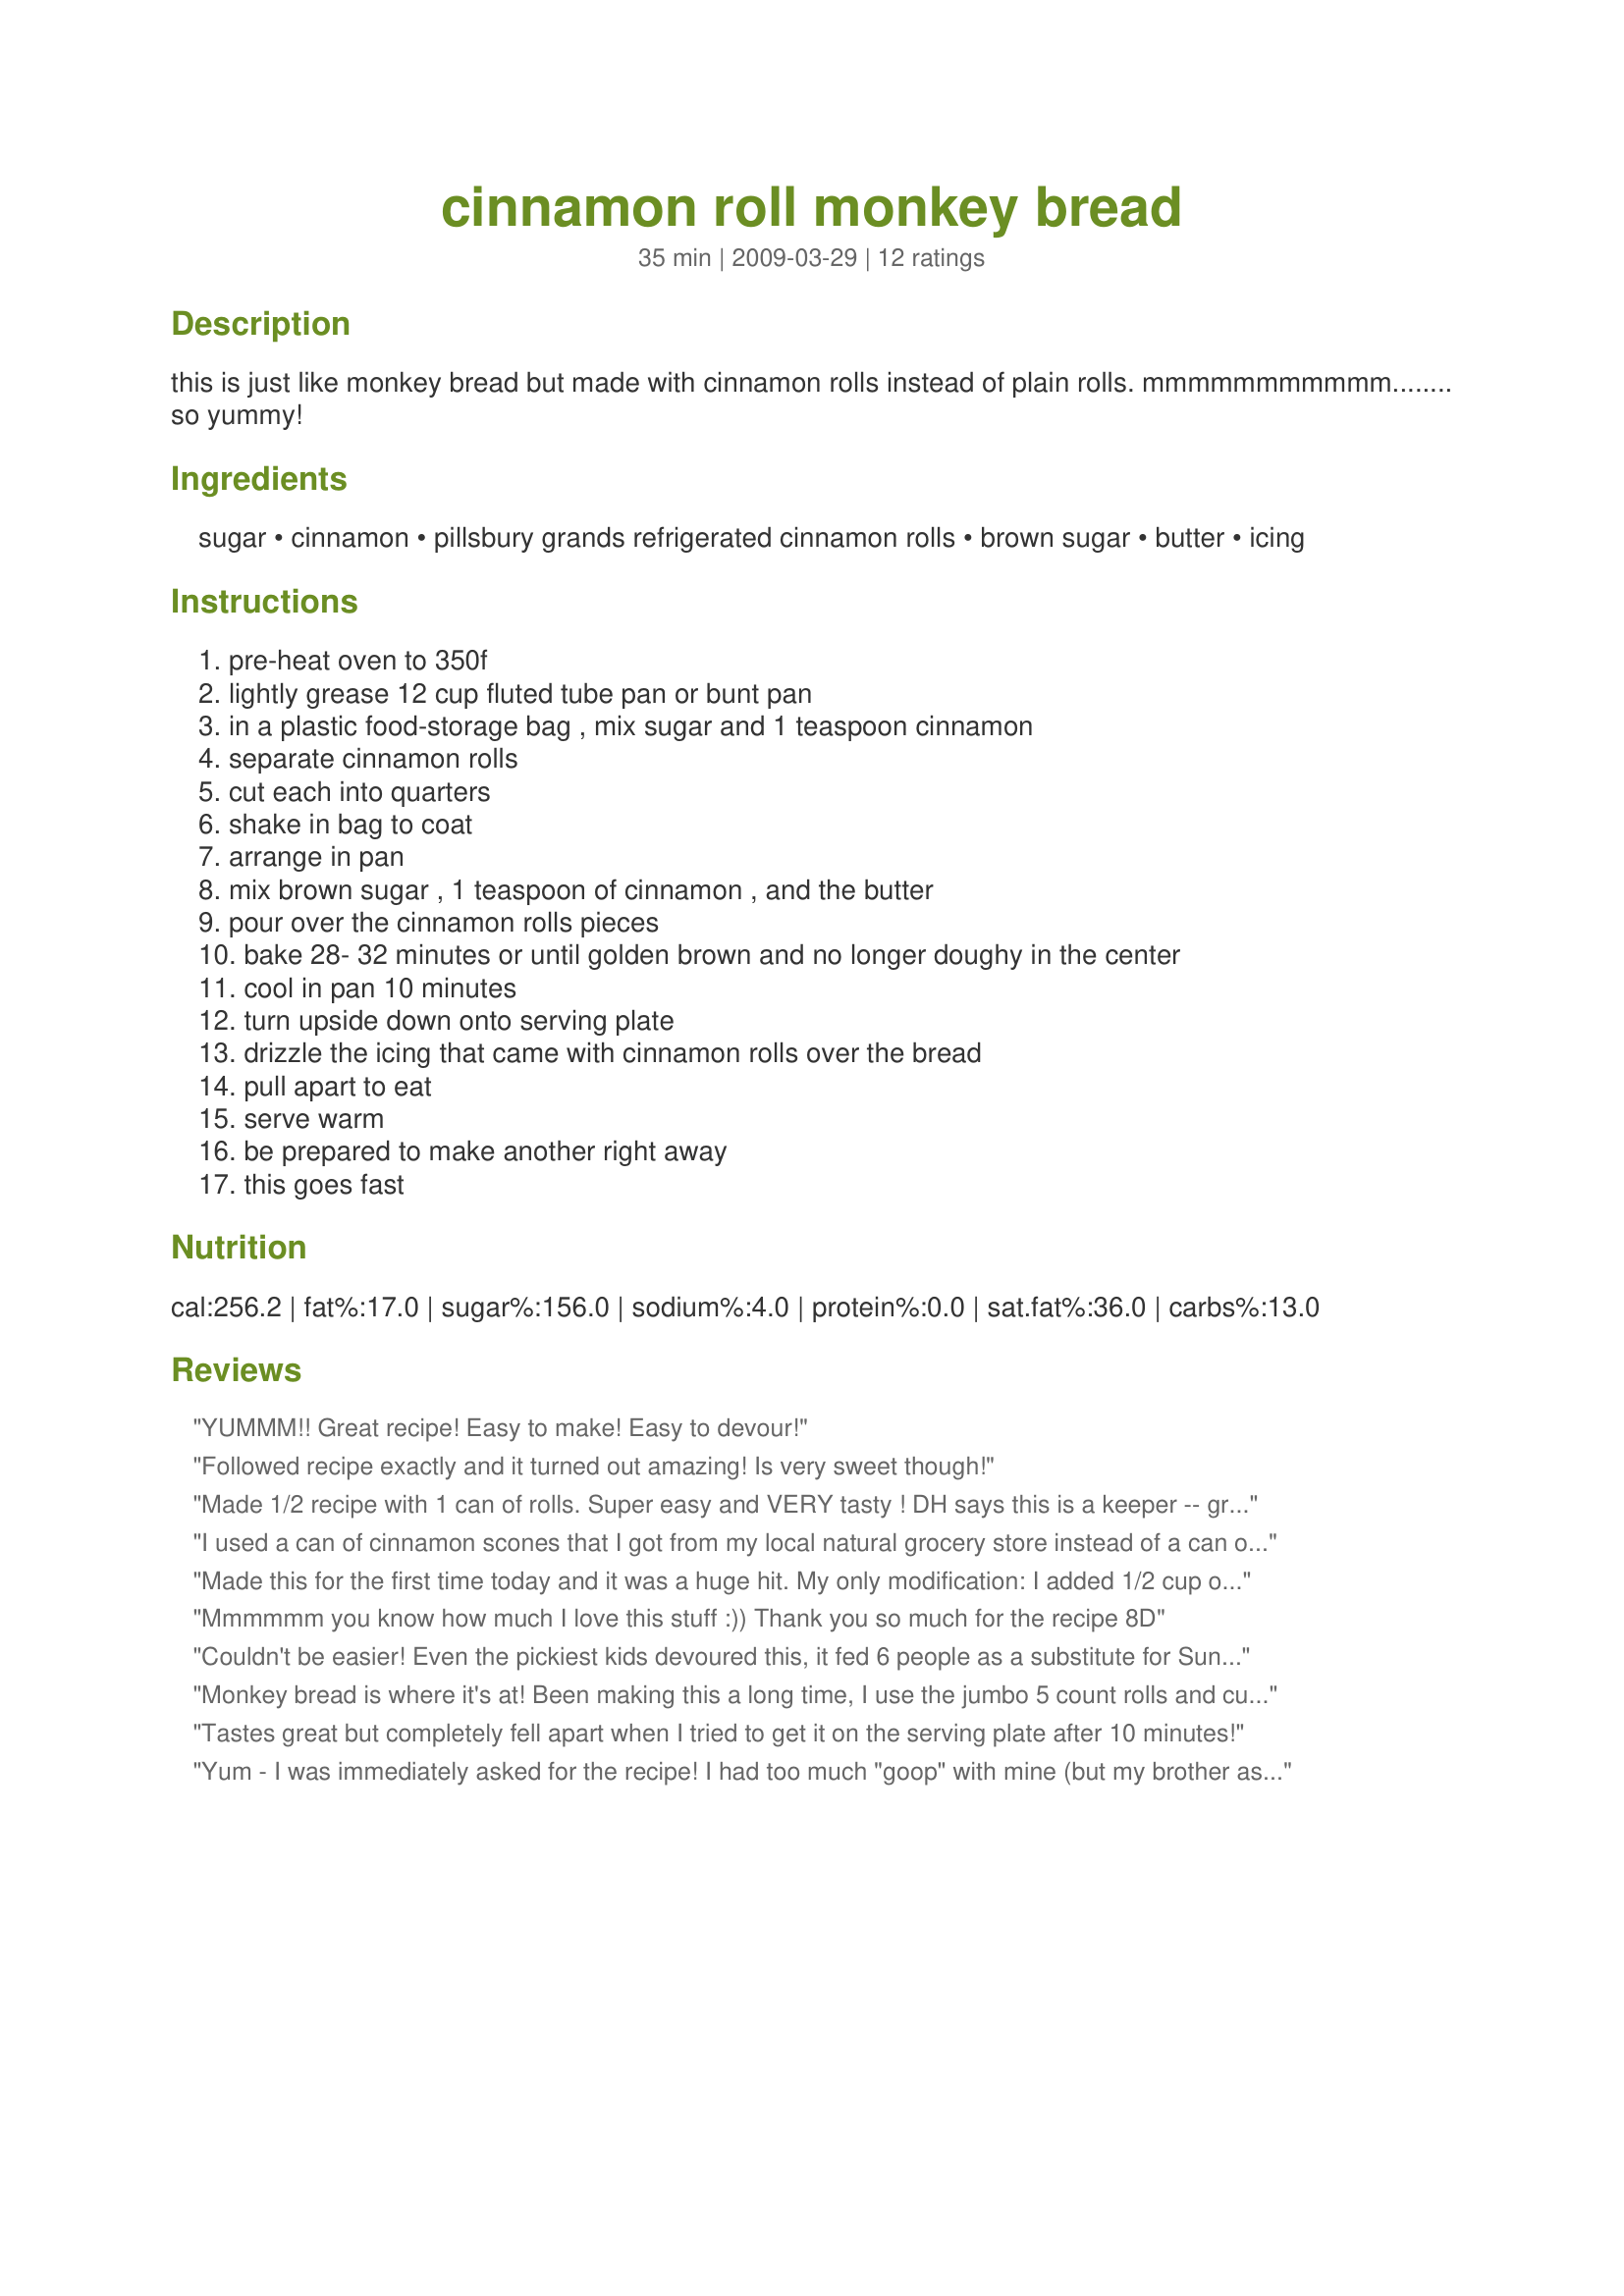
cinnamon roll monkey bread
Preparation time: 35 minutes

this is just like monkey bread but made with cinnamon rolls instead of plain rolls. mmmmmmmmmmm........ so yummy!

Ingredients:
sugar, cinnamon, pillsbury grands refrigerated cinnamon rolls, brown sugar, butter, icing

Steps:
pre-heat oven to 350f, lightly grease 12 cup fluted tube pan or bunt pan, in a plastic food-storage bag , mix sugar and 1 teaspoon cinnamon, separate cinnamon rolls, cut each into quarters, shake in bag to coat, arrange in pan, mix brown sugar , 1 teaspoon of cinnamon , and the butter, pour over the cinnamon rolls pieces, bake 28- 32 minutes or until golden brown and no longer doughy in the center, cool in pan 10 minutes, turn upside down onto serving plate, drizzle the icing that came with cinnamon rolls over the bread, pull apart to eat, serve warm, be prepared to make another right away, this goes fast

Reviews:
YUMMM!! Great recipe! Easy to make! Easy to devour!
Followed recipe exactly and it turned out amazing! Is very sweet though!
Made 1/2 recipe with 1 can of rolls. Super easy and VERY tasty ! DH says this is a keeper -- great for breakfast ! Would not change a thing ! Thanks for posting !
I used a can of cinnamon scones that I got from my local natural grocery store instead of a can of rolls. I made this for breakfast and it was too good!... I kept saying to myself "ok this is going to be the last bite" but just kept eating!!! Made for Spring PAC 2010.
Made this for the first time today and it was a huge hit. My only modification: I added 1/2 cup of chopped pecans (by sprinkling them into the dough and mixing them into the butter/sugar mixture). Very easy, very tasty.
Mmmmmm you know how much I love this stuff :))
Thank you so much for the recipe 8D
Couldn't be easier! Even the pickiest kids devoured this, it fed 6 people as a substitute for Sunday morning doughnuts. it took 30 min. to bake, 5 minutes to eat! Made for Spring PAC 09! Thank you for sharing!
Monkey bread is where it's at! Been making this a long time, I use the jumbo 5 count rolls and cut into thirds, I also pour half of my brown sugar and butter mixture over the bottom half of the monkey bread then the rest after I stack the top part (mine always has two bottom rounds and two top rounds), it is sooo much gooier when done this way! I do add a teaspoon of vanilla to the brown sugar mixture also because it makes it so much more delicious! I usually stand at the counter and eat this with a latte for breakfast.
Tastes great but completely fell apart when I tried to get it on the serving plate after 10 minutes!
Yum - I was immediately asked for the recipe! I had too much "goop" with mine (but my brother asked for the goop and spread it on some date bread that we were having as well!) Next time, I'll cut the butter a little... I used a silicone pan, so maybe mine didn't crisp up like it might with a metal pan and that's why I had too much. (Really, it wasn't a problem, I found myself licking my fingers!)
Wahoo! Great recipe :-) I have made monkey bread before but never using cinnamon rolls. GLAD to meet a fellow believer PTL!
Made this the other day for breakfast and wow was it a hit!! A group of 5 ate this in less than 30 minutes. Made exactly as written and wouldn't change a thing!! Thanks!!
